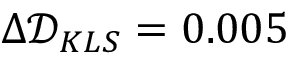
\Delta \mathcal { D } _ { K L S } = 0 . 0 0 5